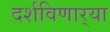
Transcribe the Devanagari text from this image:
दर्शविणार्‍या